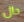
حال